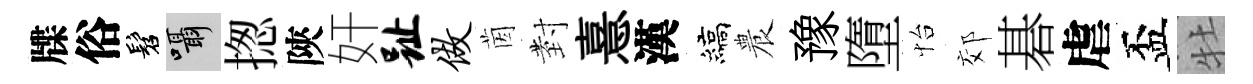
牒俗髫囁揔陝奸趾做茵𭔹憙漢縞農豫墮怡郊碁虐盃牡